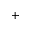
^ +